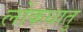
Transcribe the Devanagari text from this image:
लोकधातु